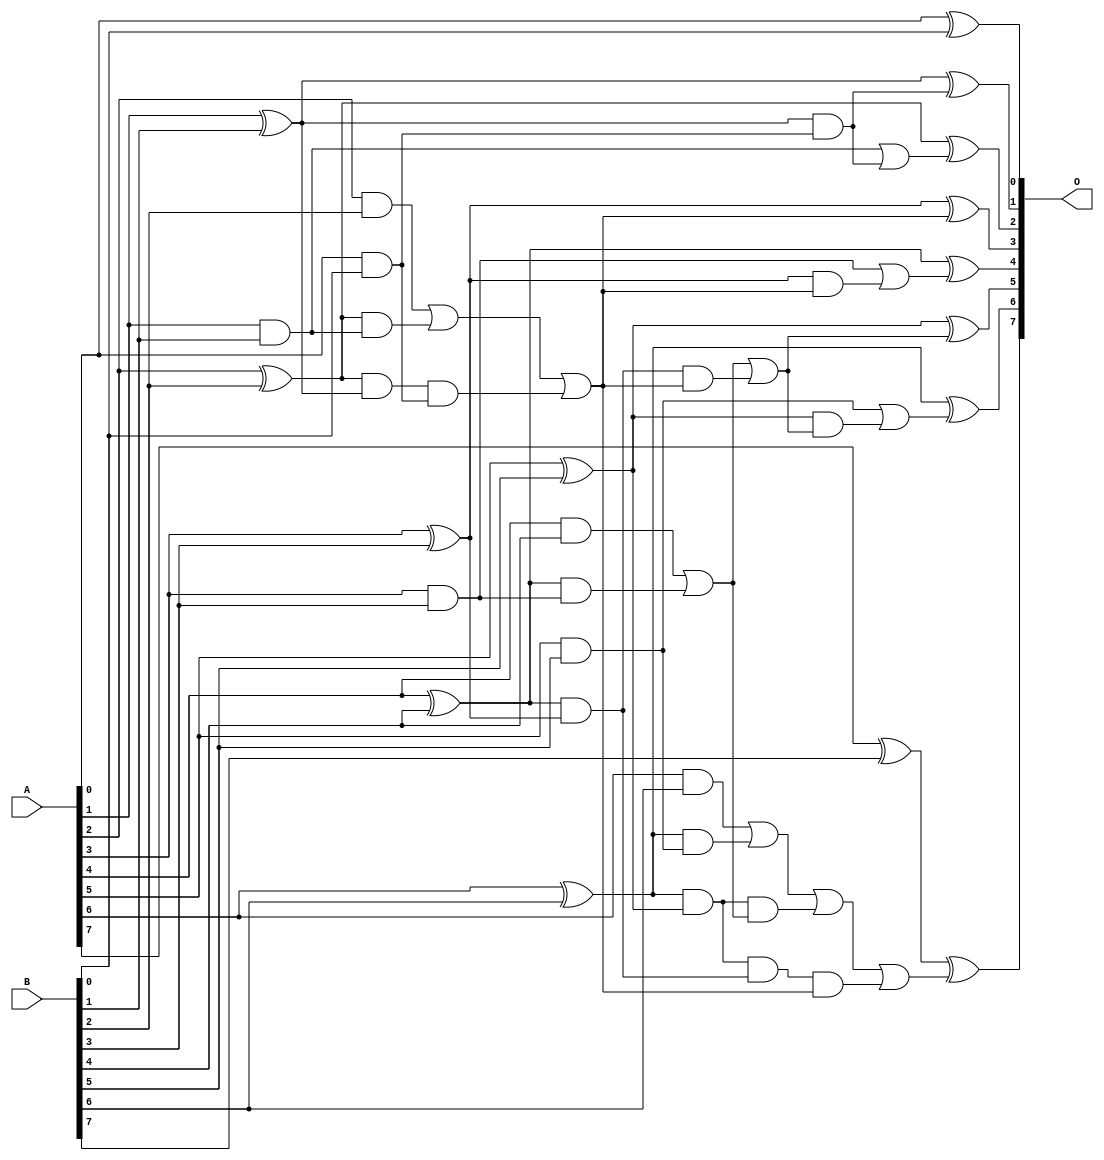
// This program was cloned from: https://github.com/ehw-fit/evoapproxlib
// License: MIT License

/***
* This code is a part of EvoApproxLib library (ehw.fit.vutbr.cz/approxlib) distributed under The MIT License.
* When used, please cite the following article(s): V. Mrazek, L. Sekanina, Z. Vasicek "Libraries of Approximate Circuits: Automated Design and Application in CNN Accelerators" IEEE Journal on Emerging and Selected Topics in Circuits and Systems, Vol 10, No 4, 2020 
* This file contains a circuit from a sub-set of pareto optimal circuits with respect to the pwr and ep parameters
***/
// MAE% = 0.16 %
// MAE = 0.2 
// WCE% = 1.56 %
// WCE = 2.0 
// WCRE% = 100.00 %
// EP% = 12.50 %
// MRE% = 1.29 %
// MSE = 0.5 
// PDK45_PWR = 0.033 mW
// PDK45_AREA = 74.1 um2
// PDK45_DELAY = 0.62 ns

module add8s_83N (
    A,
    B,
    O
);

input [7:0] A;
input [7:0] B;
output [7:0] O;

wire sig_16,sig_17,sig_18,sig_19,sig_20,sig_21,sig_22,sig_23,sig_24,sig_25,sig_26,sig_27,sig_28,sig_29,sig_30,sig_31,sig_32,sig_33,sig_34,sig_35;
wire sig_36,sig_37,sig_38,sig_39,sig_40,sig_41,sig_42,sig_43,sig_44,sig_45,sig_46,sig_47,sig_48,sig_49,sig_50,sig_51,sig_52,sig_53,sig_54,sig_55;
wire sig_56,sig_57,sig_58,sig_59,sig_60,sig_61;

assign sig_16 = A[0] & B[0];
assign sig_17 = A[0] ^ B[0];
assign sig_18 = A[1] & B[1];
assign sig_19 = A[1] ^ B[1];
assign sig_20 = A[2] & B[2];
assign sig_21 = A[2] ^ B[2];
assign sig_22 = A[3] & B[3];
assign sig_23 = A[3] ^ B[3];
assign sig_24 = A[4] & B[4];
assign sig_25 = A[4] ^ B[4];
assign sig_26 = A[5] & B[5];
assign sig_27 = A[5] ^ B[5];
assign sig_28 = A[6] & B[6];
assign sig_29 = A[6] ^ B[6];
assign sig_30 = A[7] ^ B[7];
assign sig_31 = sig_21 & sig_18;
assign sig_32 = sig_21 & sig_19;
assign sig_33 = sig_20 | sig_31;
assign sig_34 = sig_25 & sig_22;
assign sig_35 = sig_25 & sig_23;
assign sig_36 = sig_24 | sig_34;
assign sig_37 = sig_29 & sig_26;
assign sig_38 = sig_29 & sig_27;
assign sig_39 = sig_28 | sig_37;
assign sig_40 = sig_32 & sig_16;
assign sig_41 = sig_33 | sig_40;
assign sig_42 = sig_38 & sig_36;
assign sig_43 = sig_38 & sig_35;
assign sig_44 = sig_39 | sig_42;
assign sig_45 = sig_43 & sig_41;
assign sig_46 = sig_44 | sig_45;
assign sig_47 = sig_35 & sig_41;
assign sig_48 = sig_36 | sig_47;
assign sig_49 = sig_19 & sig_16;
assign sig_50 = sig_18 | sig_49;
assign sig_51 = sig_23 & sig_41;
assign sig_52 = sig_22 | sig_51;
assign sig_53 = sig_27 & sig_48;
assign sig_54 = sig_26 | sig_53;
assign sig_55 = sig_19 ^ sig_49;
assign sig_56 = sig_21 ^ sig_50;
assign sig_57 = sig_23 ^ sig_41;
assign sig_58 = sig_25 ^ sig_52;
assign sig_59 = sig_27 ^ sig_48;
assign sig_60 = sig_29 ^ sig_54;
assign sig_61 = sig_30 ^ sig_46;

assign O[7] = sig_61;
assign O[6] = sig_60;
assign O[5] = sig_59;
assign O[4] = sig_58;
assign O[3] = sig_57;
assign O[2] = sig_56;
assign O[1] = sig_55;
assign O[0] = sig_17;

endmodule